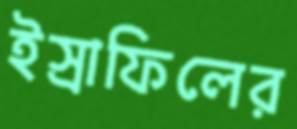
ইস্রাফিলের